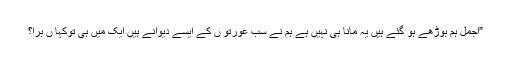
”اجمل ہم بوڑھے ہو گئے ہیں یہ مانا ہی نہیں ہے ہم نے سب عورتو ں کے ایسے دیوانے ہیں ایک میں ہی توکہا ں بُرا؟